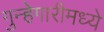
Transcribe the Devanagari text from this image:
गुन्हेगारीमध्ये